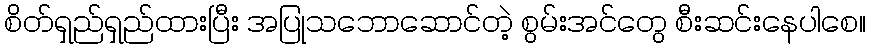
စိတ်ရှည်ရှည်ထားပြီး အပြုသဘောဆောင်တဲ့ စွမ်းအင်တွေ စီးဆင်းနေပါစေ။